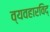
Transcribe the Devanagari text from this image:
व्यवहारविद्